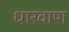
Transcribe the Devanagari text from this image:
धारवाण